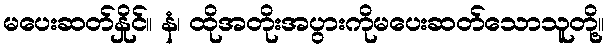
မပေးဆတ်နှိုင်။ နံ၊ ထိုအတိုးအပွားကိုမပေးဆတ်သောသူတို့။